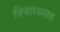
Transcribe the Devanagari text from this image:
विचारधनात